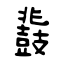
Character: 鼗